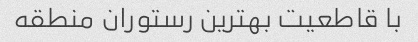
با قاطعیت بهترین رستوران منطقه